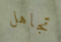
تجاهل